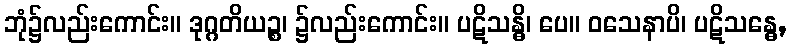
ဘုံ၌လည်းကောင်း။ ဒုဂ္ဂတိယဉ္စ၊ ၌လည်းကောင်း။ ပဋိသန္ဓိ၊ ပေ။ ဝသေနာပိ၊ ပဋိသန္ဓေ,